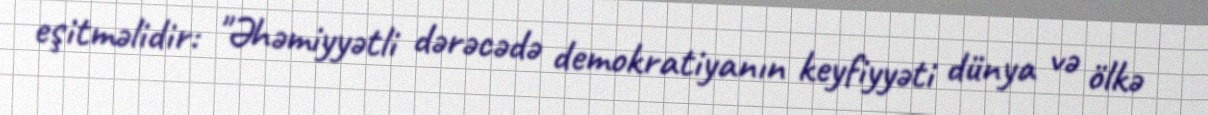
eşitməlidir: "Əhəmiyyətli dərəcədə demokratiyanın keyfiyyəti dünya və ölkə